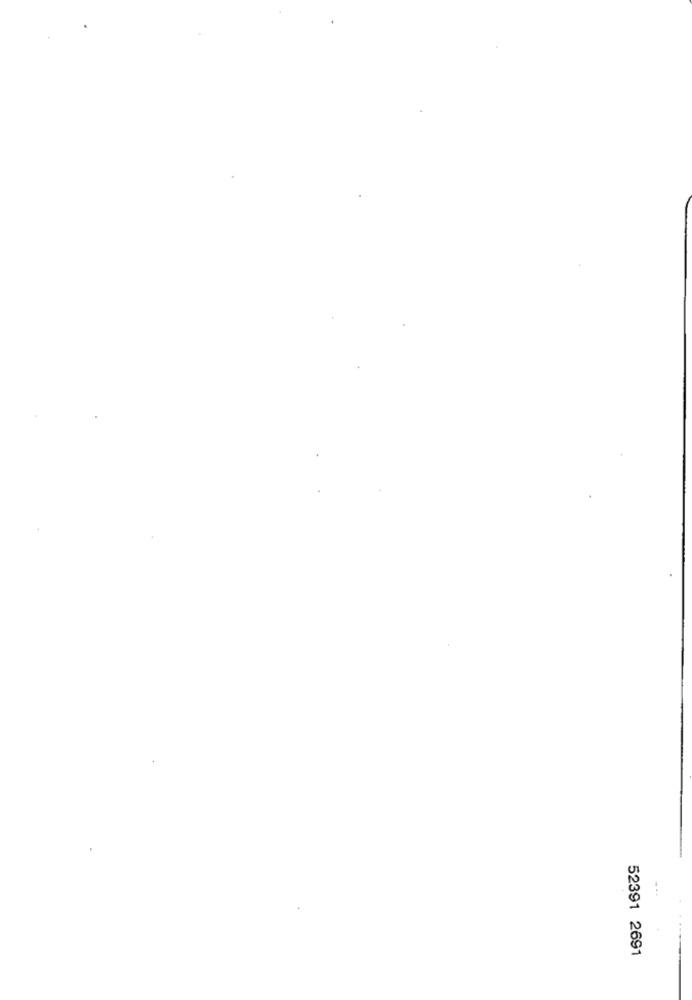
52391 2691